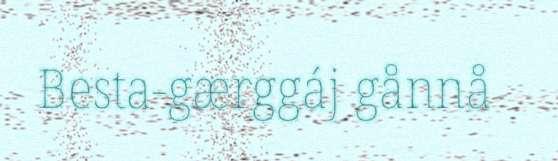
Besta-gærggáj gånnå